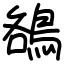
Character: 鵅